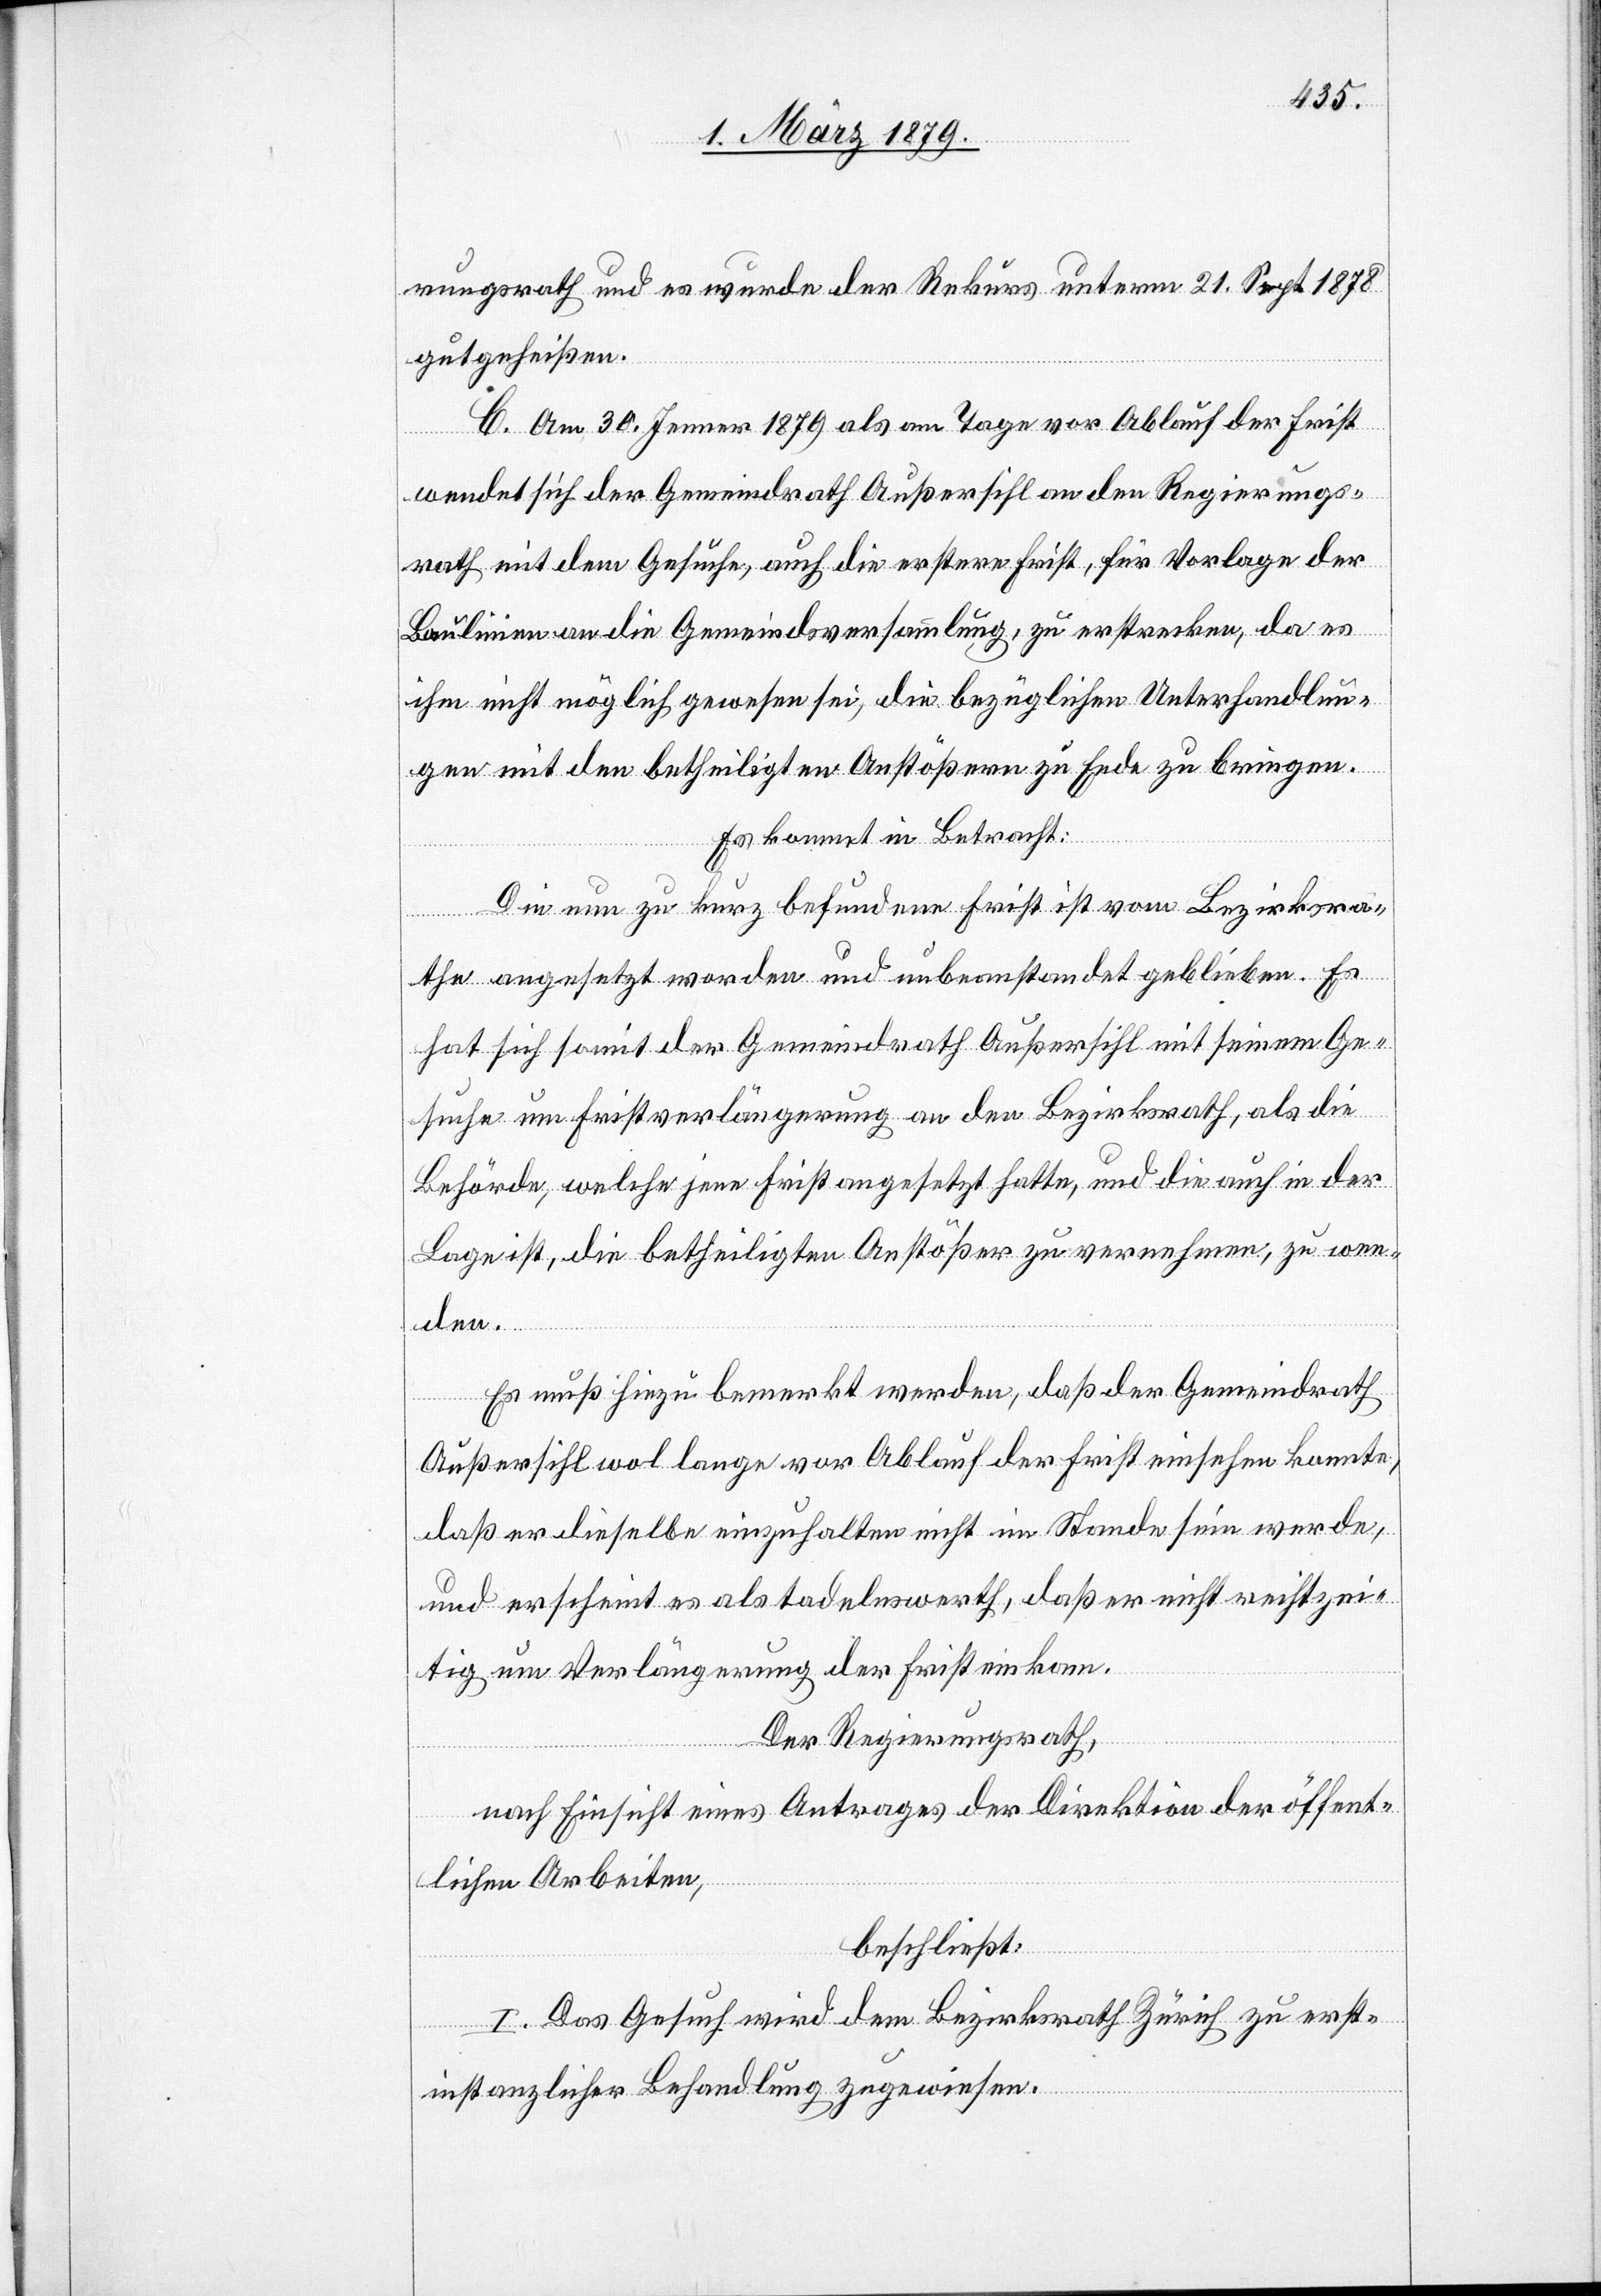
rungsrath und es wurde der Rekurs unterm 21. Sept. 1878
gutgeheißen.
C. Am 30. Jenner 1879 als am Tage vor Ablauf der Frist
wendet sich der Gemeindrath Außersihl an den Regierungs¬
rath mit dem Gesuche, auch die erstere Frist, für Vorlage der
Baulinien an die Gemeindsversammlung, zu erstrecken, da es
ihm nicht möglich gewesen sei, die bezüglichen Unterhandlun¬
gen mit den betheiligten Anstößern zu Ende zu bringen.
Es kommt in Betracht:
Die nun zu kurz befundene Frist ist vom Bezirksra¬
the angesetzt worden und unbeanstandet geblieben. Es
hat sich somit der Gemeindrath Außersihl mit seinem Ge¬
suche um Fristverlängerung an den Bezirksrath, als die
Behörde, welche jene Frist angesetzt hatte, und die auch in der
Lage ist, die betheiligten Anstößer zu vernehmen, zu wen¬
den.
Es muß hiezu bemerkt werden, daß der Gemeindrath
Außersihl wol lange vor Ablauf der Frist einsehen konnte,
daß er dieselbe einzuhalten nicht im Stande sein werde,
und erscheint es als tadelnswerth, daß er nicht rechtzei¬
tig um Verlängerung der Frist einkam.
Der Regierungsrath,
nach Einsicht eines Antrages der Direktion der öffent¬
lichen Arbeiten,
beschließt:
I. Das Gesuch wird dem Bezirksrath Zürich zu erst¬
instanzlicher Behandlung zugewiesen.